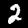
Digit: 2